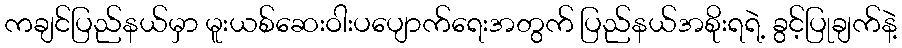
ကချင်ပြည်နယ်မှာ မူးယစ်ဆေးဝါးပပျောက်ရေးအတွက် ပြည်နယ်အစိုးရရဲ့ ခွင့်ပြုချက်နဲ့